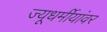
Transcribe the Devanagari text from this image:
ज्यूधर्मीयांवर